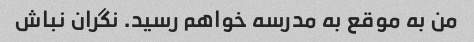
من به موقع به مدرسه خواهم رسید. نگران نباش